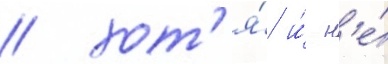
/ хот'я́ и́ н'е́